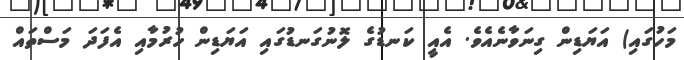
މަހުގައި) އަޔަޑިން ގިނަވާނެއެވެ. އެއީ ކަނޑުގެ ލޮނުގަނޑުގައި އަޔަޑިން ހުރުމާއި އެފަދަ މަސްތައް